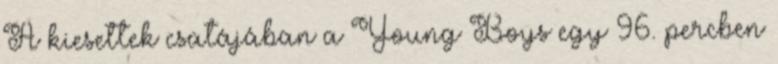
A kiesettek csatájában a Young Boys egy 96. percben